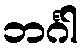
ဘင်္ဂါ